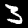
Label: 3